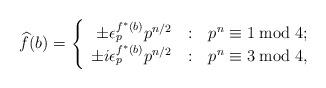
LaTeX: \begin{align*} \widehat{f}(b) =\left\{\begin{array}{r@{\quad:\quad}l}\pm \epsilon_p^{f^*(b)}p^{n/2} & p^n \equiv 1\bmod 4; \\\pm i\epsilon_p^{f^*(b)}p^{n/2} & p^n \equiv 3\bmod 4,\end{array}\right.\end{align*}